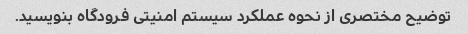
توضیح مختصری از نحوه عملکرد سیستم امنیتی فرودگاه بنویسید.